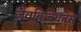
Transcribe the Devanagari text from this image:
जैवविविधतेस